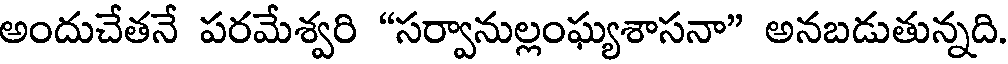
అందుచేతనే పరమేశ్వరి "సర్వానుల్లంఘ్యశాసనా" అనబడుతున్నది.